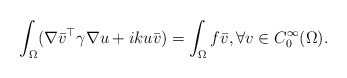
\begin{align*} \int_{\Omega} (\nabla \bar{v}^\top \gamma \nabla u + ik u \bar v) = \int_{\Omega} f\bar{v},\forall v\in C_0^\infty(\Omega).\end{align*}